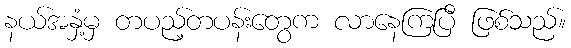
နယ်အနှံ့မှ တပည့်တပန်းတွေက လာနေကြပြီ ဖြစ်သည်။